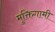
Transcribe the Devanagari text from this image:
मुक्तिगामी